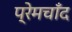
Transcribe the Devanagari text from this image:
प्रेमचाँद